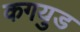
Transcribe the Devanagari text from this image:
कगयुड